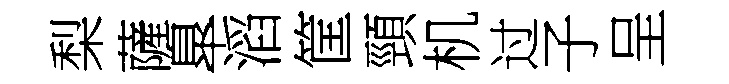
梨薩臯滔筐頸机过子呈